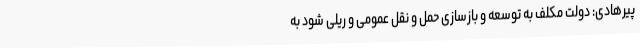
پیرهادی: دولت مکلف به توسعه و بازسازی حمل و نقل عمومی و ریلی شود به